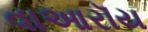
વાઆરૉય